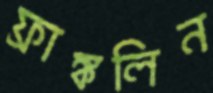
ফ্রাঙ্কলিন